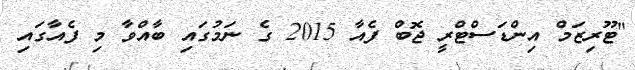
"ޓޫރިޒަމް އިންޑަސްޓްރީ ޖޮބް ފެއާ 2015 ގެ ނަމުގައި ބާއްވާ މި ފެއާގައި